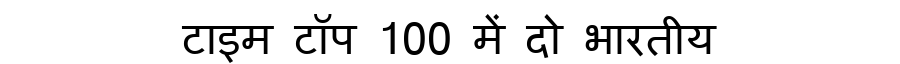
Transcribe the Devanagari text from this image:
टाइम टॉप 100 में दो भारतीय